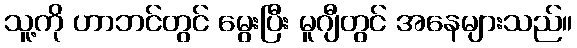
သူ့ကို ဟာဘင်တွင် မွေးပြီး မူဂျီတွင် အနေများသည်။